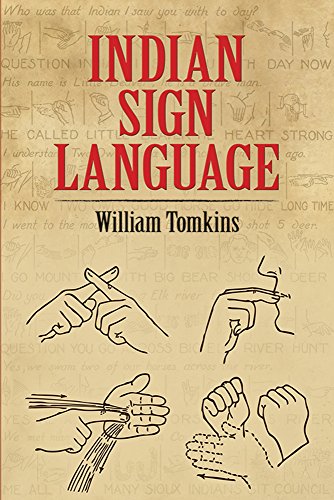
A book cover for Indian Sign Language (Native American); William Tomkins; Reference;